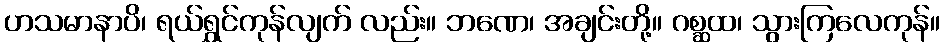
ဟသမာနာပိ၊ ရယ်ရွှင်ကုန်လျက် လည်း။ ဘဏေ၊ အချင်းတို့။ ဂစ္ဆထ၊ သွားကြလေကုန်။